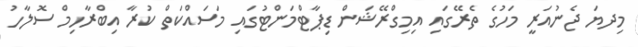
މިދޔަ ޖެނުއަރީ މަހުގެ ތެރޭގައި އިމިގްރޭޝަން ޑިޕާޓްމަންޓުގައި މަސައްކަތް ކުރާ އިބްރާހިމް ސޮލާހު